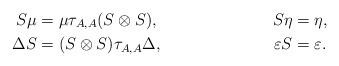
LaTeX: \begin{align*} S \mu& =\mu \tau_{A,A}(S \otimes S), & S \eta&=\eta, \\\Delta S&=(S \otimes S)\tau_{A,A}\Delta, & \varepsilon S &=\varepsilon.\end{align*}